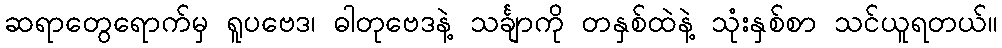
ဆရာတွေရောက်မှ ရူပဗေဒ၊ ဓါတုဗေဒနဲ့ သင်္ချာကို တနှစ်ထဲနဲ့ သုံးနှစ်စာ သင်ယူရတယ်။